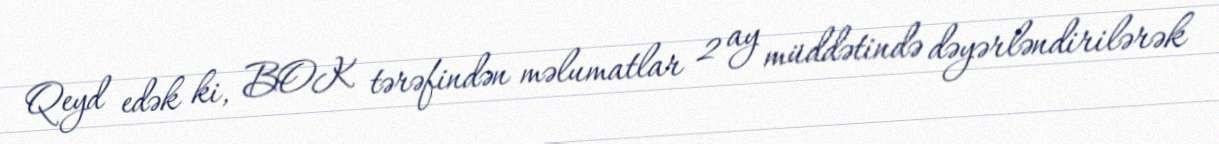
Qeyd edək ki, BOK tərəfindən məlumatlar 2 ay müddətində dəyərləndirilərək